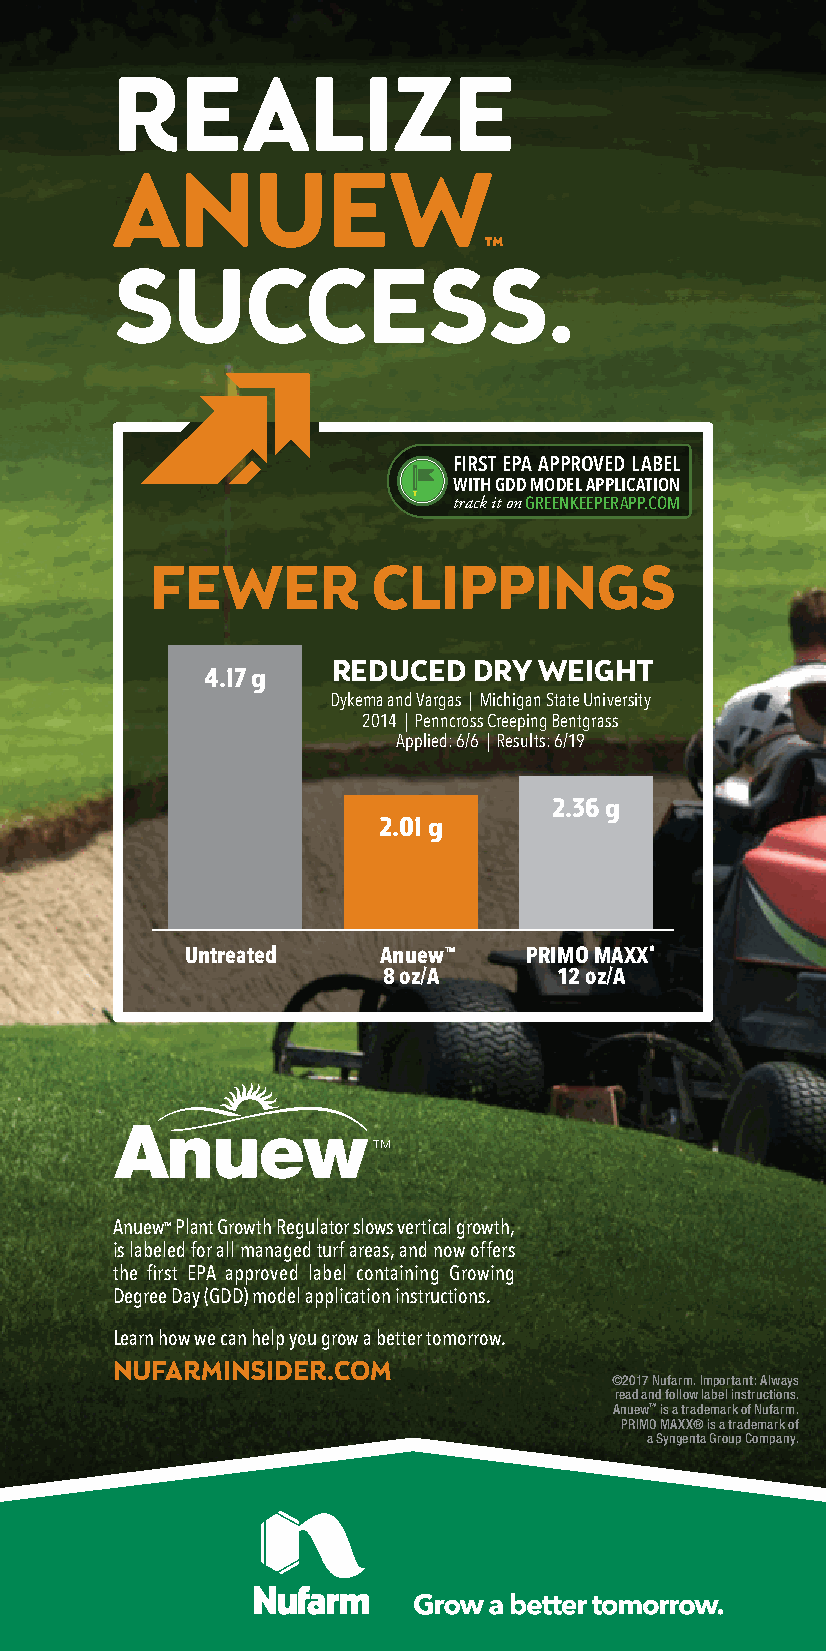
REALIZE
 ANUEW
 ™
 SUCCESS.
 First EPA APProvEd lAbEl
 with Gdd modEl APPlicAtion
 track it on GrEEnkEEPErAPP.com
 FEWER          CLIPPINGS
 REDUCED  DRY  WEIGHT
 4.17 g
 Dykema and Vargas | Michigan State University
 2014 | Penncross Creeping Bentgrass
 Applied: 6/6 | Results: 6/19
 2.36 g
 2.01 g
 untreated    anuew™    primo maXX®
 8 oz/a      12 oz/a
 Anuew™ Plant Growth Regulator slows vertical growth,
 is labeled for all managed turf areas, and now offers
 the first EPA approved label containing Growing
 Degree Day (GDD) model application instructions.
 Learn how we can help you grow a better tomorrow.
 NUFARMINSIDER.COM
 ©2017 Nufarm. Important: Always
 read and follow label instructions.
 Anuew™ is a trademark of Nufarm.
 PRIMO MAXX® is a trademark of
 a Syngenta Group Company.